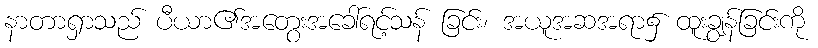
နာတာရှာသည် ပီယာ၏အတွေးအခေါ်ရင့်သန် ခြင်း၊ အယူအဆအရာ၌ ထူးချွန်ခြင်းကို